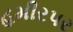
હમીરપર